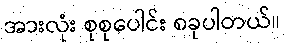
အားလုံး စုစုပေါင်း ၈ခုပါတယ်။